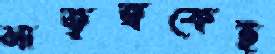
মাতৃত্বকেই